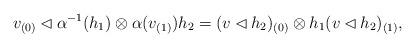
LaTeX: \begin{align*}v_{(0)}\lhd \alpha^{-1}(h_1)\otimes\alpha(v_{(1)})h_2=(v\lhd h_2)_{(0)}\otimes h_1(v\lhd h_2)_{(1)},\end{align*}